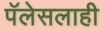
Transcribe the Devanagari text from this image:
पॅलेसलाही